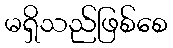
မရှိသည်ဖြစ်စေ